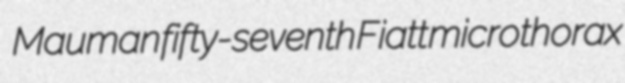
Mauman fifty-seventh Fiatt microthorax